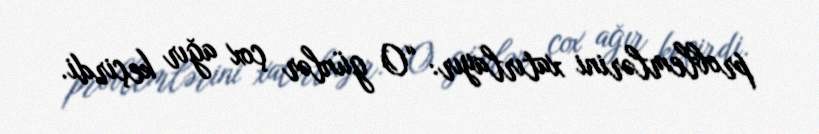
problemlərini xatırlayır: “O günlər çox ağır keçirdi.